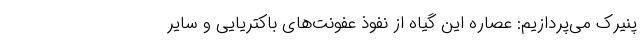
پنیرک می‌پردازیم: عصاره این گیاه از نفوذ عفونت‌های باکتریایی و سایر